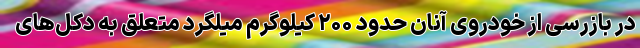
در بازرسی از خودروی آنان حدود ۲۰۰ کیلوگرم میلگرد متعلق به دکل‌های